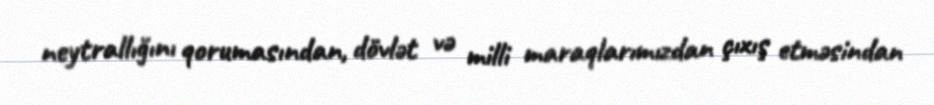
neytrallığını qorumasından, dövlət və milli maraqlarımızdan çıxış etməsindan